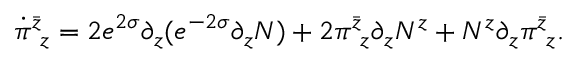
\dot { \pi } _ { ~ z } ^ { \bar { z } } = 2 e ^ { 2 \sigma } \partial _ { z } ( e ^ { - 2 \sigma } \partial _ { z } N ) + 2 \pi _ { ~ z } ^ { \bar { z } } \partial _ { z } N ^ { z } + N ^ { z } \partial _ { z } \pi _ { ~ z } ^ { \bar { z } } .